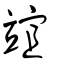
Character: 竩